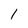
Character: l